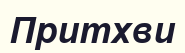
Притхви